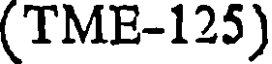
(TME-125)